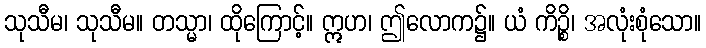
သုသီမ၊ သုသီမ။ တသ္မာ၊ ထိုကြောင့်။ ဣဟ၊ ဤလောက၌။ ယံ ကိဉ္စိ၊ အလုံးစုံသော။